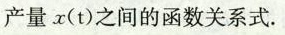
产量x(t)之间的函数关系式。